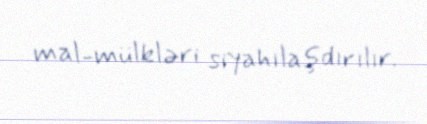
mal-mülkləri siyahılaşdırılır.